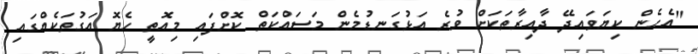
"އެހެން ކިޔަވައިދޭ ދާއިރާތަކަށް ވުރެ އަޅުގަނޑުމެން މަސައްކަތް ކޮށްފައި މިއޮތީ ހެޔޮ އަގުތަކެއްގައި